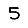
Digit: 5